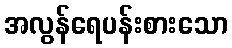
အလွန်ရေပန်းစားသော